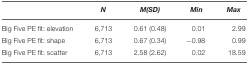
|  | N | M(SD) | Min | Max |
 | --- | --- | --- | --- | --- |
 | Big Five PE fit: elevation | 6,713 | 0.61 (0.48) | 0.01 | 2.99 |
 | Big Five PE fit: shape | 6,713 | 0.67 (0.34) | −0.98 | 0.99 |
 | Big Five PE fit: scatter | 6,713 | 2.58 (2.62) | 0.02 | 18.59 |